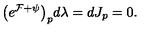
\big ( e ^ { \cal F + \psi } \big ) _ { p } d \lambda = d J _ { p } = 0 .